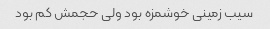
سیب زمینی خوشمزه بود ولی حجمش کم بود